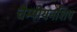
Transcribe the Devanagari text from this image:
चैम्पीयनशिप